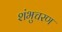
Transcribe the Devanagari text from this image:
शंभुचरण